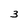
Character: 3